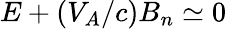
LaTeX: E+(V_{A}/c)B_{n}\simeq 0